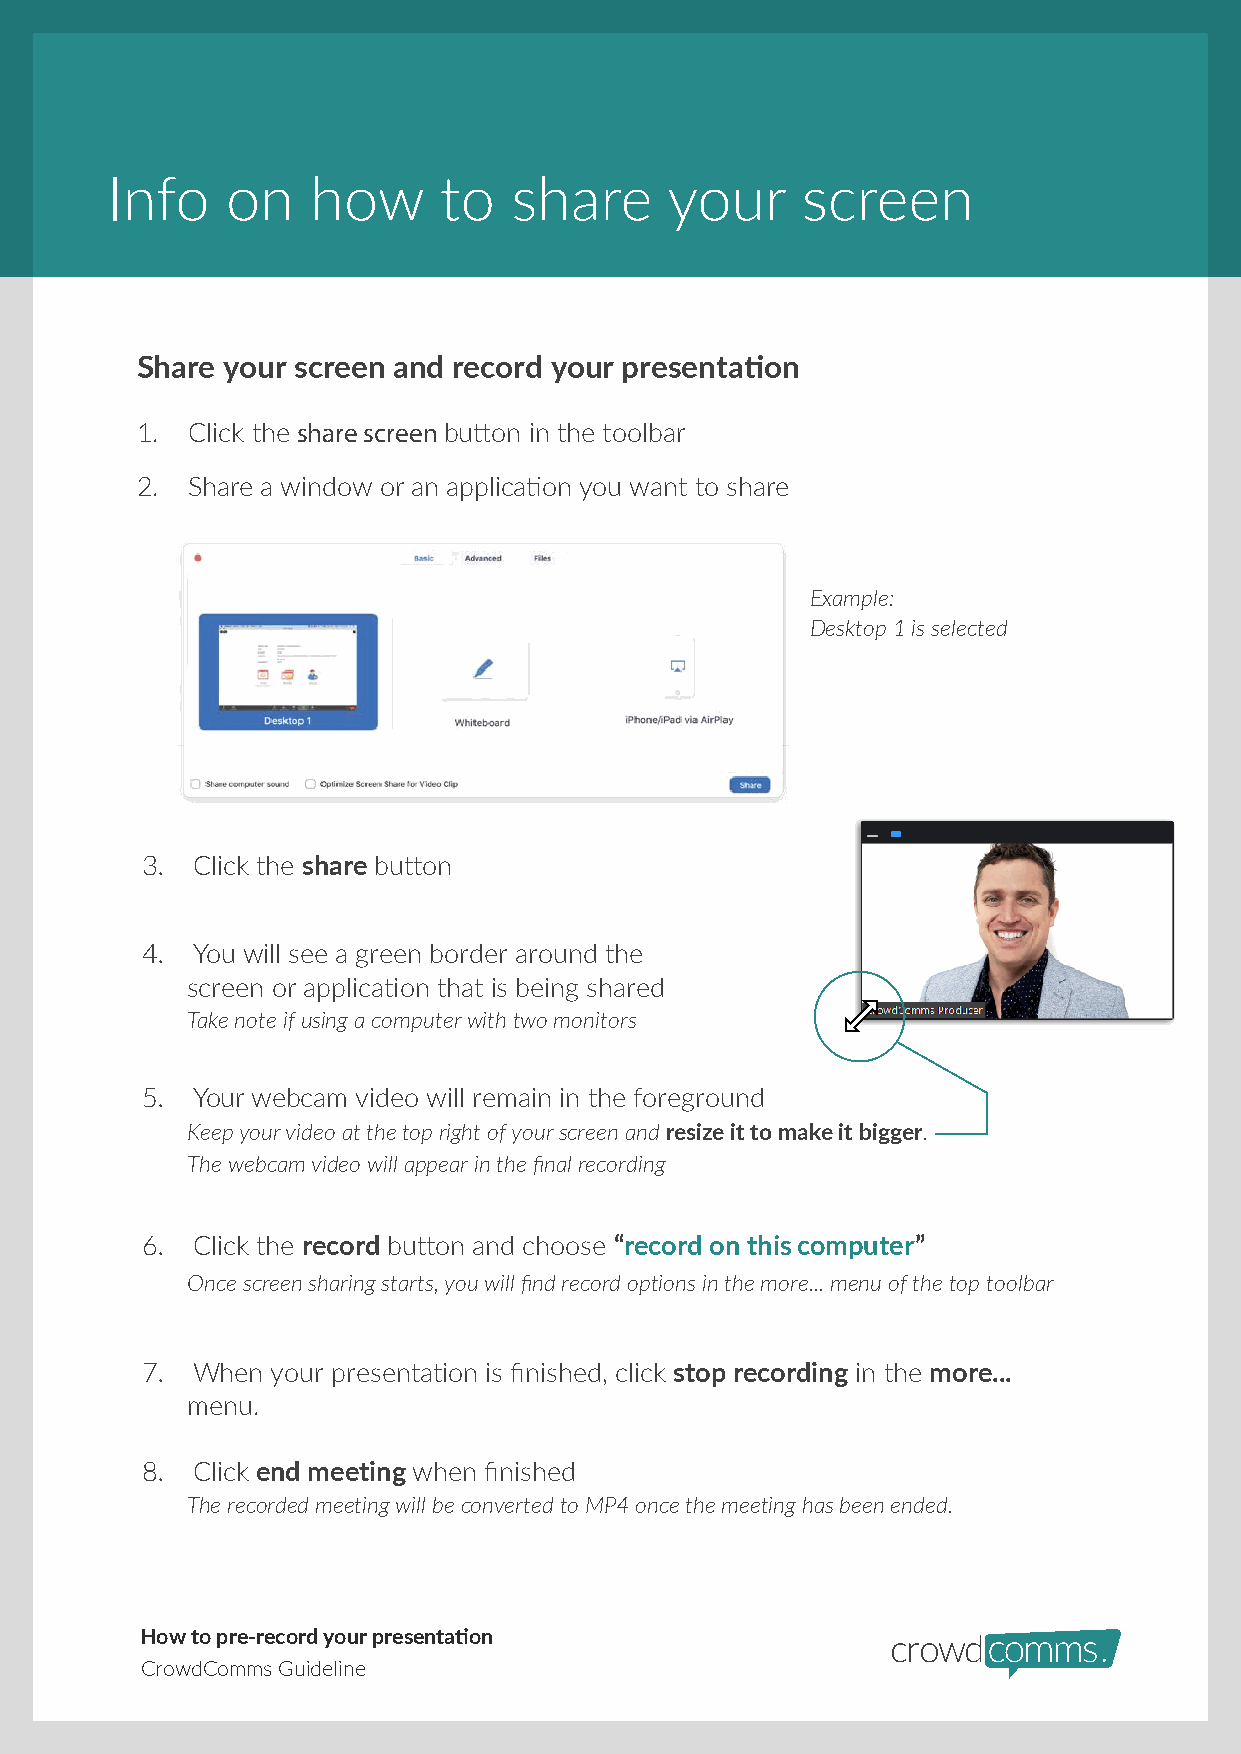
Info    on    how     to   share     your     screen
 Share your screen and record your presentation
 1. Click the share screen button in the toolbar
 2. Share a window or an application you want to share
 Example:
 Desktop 1 is selected
 3.  Click the share button
 4.  You will see a green border around the
 screen or application that is being shared
 Take note if using a computer with two monitors
 5.  Your webcam video will remain in the foreground
 Keep your video at the top right of your screen and resize it to make it bigger.
 The webcam video will appear in the final recording
 6.  Click the record button and choose “record on this computer”
 Once screen sharing starts, you will find record options in the more... menu of the top toolbar
 7.  When your presentation is finished, click stop recording in the more...
 menu.
 8.  Click end meeting when finished
 The recorded meeting will be converted to MP4 once the meeting has been ended.
 How to pre-record your presentation
 CrowdComms Guideline